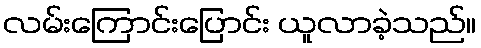
လမ်းကြောင်းပြောင်း ယူလာခဲ့သည်။